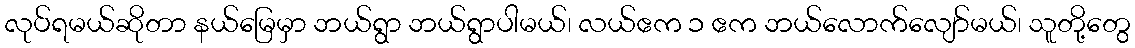
လုပ်ရမယ်ဆိုတာ နယ်မြေမှာ ဘယ်ရွာ ဘယ်ရွာပါမယ်၊ လယ်ဧက ၁ ဧက ဘယ်လောက်လျော်မယ်၊ သူတို့တွေ